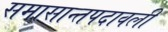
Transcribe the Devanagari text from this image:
समासान्तपदावली